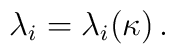
\lambda_i=\lambda_i(\kappa)\,.